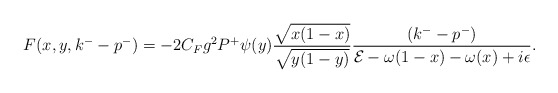
\begin{align*}F(x,y,k^--p^-)=-2C_F g^2 P^+ \psi(y) {{\sqrt{x(1-x)}}\over {\sqrt{y(1-y)}}}{{(k^--p^-)}\over {{\cal E}-\omega(1-x)-\omega(x)+i\epsilon}}.\end{align*}